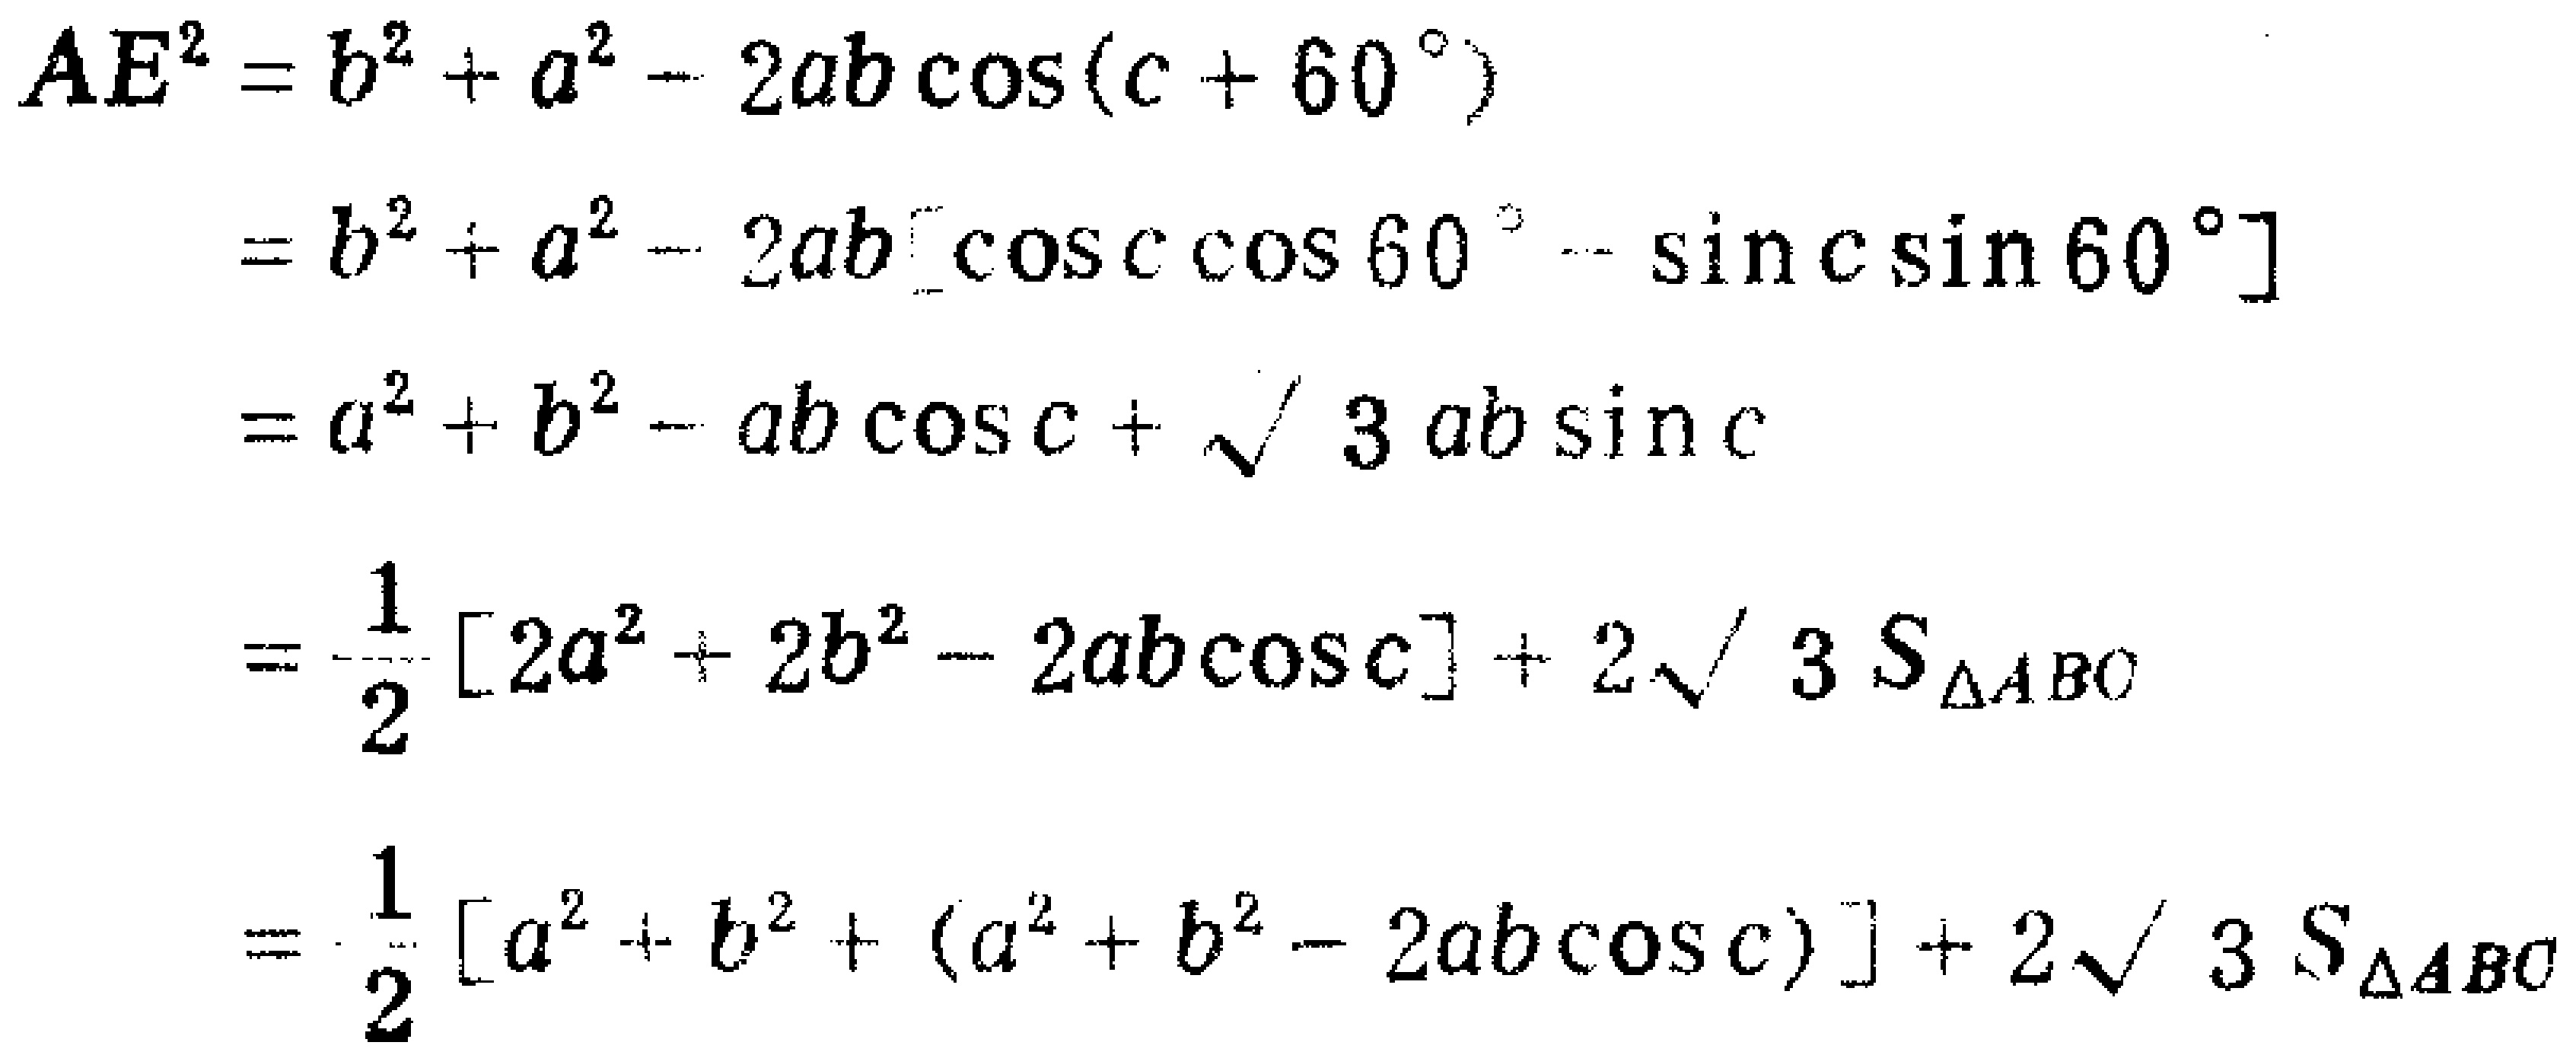
\[
\begin{align*}
AE^{2}&=b^{2}+a^{2}-2ab\cos(c + 60^{\circ})\\
&=b^{2}+a^{2}-2ab[\cos c\cos 60^{\circ}-\sin c\sin 60^{\circ}]\\
&=a^{2}+b^{2}-ab\cos c+\sqrt{3}ab\sin c\\
&=\frac{1}{2}[2a^{2}+2b^{2}-2ab\cos c]+2\sqrt{3}S_{\triangle ABC}\\
&=\frac{1}{2}[a^{2}+b^{2}+(a^{2}+b^{2}-2ab\cos c)]+2\sqrt{3}S_{\triangle ABC}
\end{align*}
\]